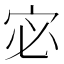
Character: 宓